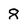
Character: 8